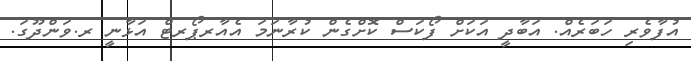
އުފާވެރި ހަބަރެއް. އަބާދީ އަކަށް ފޯކަސް ކޮށްގެން ކުރާނަމަ އެއާރޕޯރޓް އަޅާނީ ރ.ވަންދޫގަ.